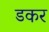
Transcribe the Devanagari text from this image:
डकर